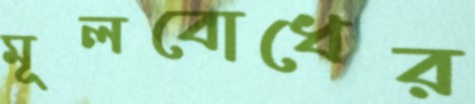
মূলবোধের